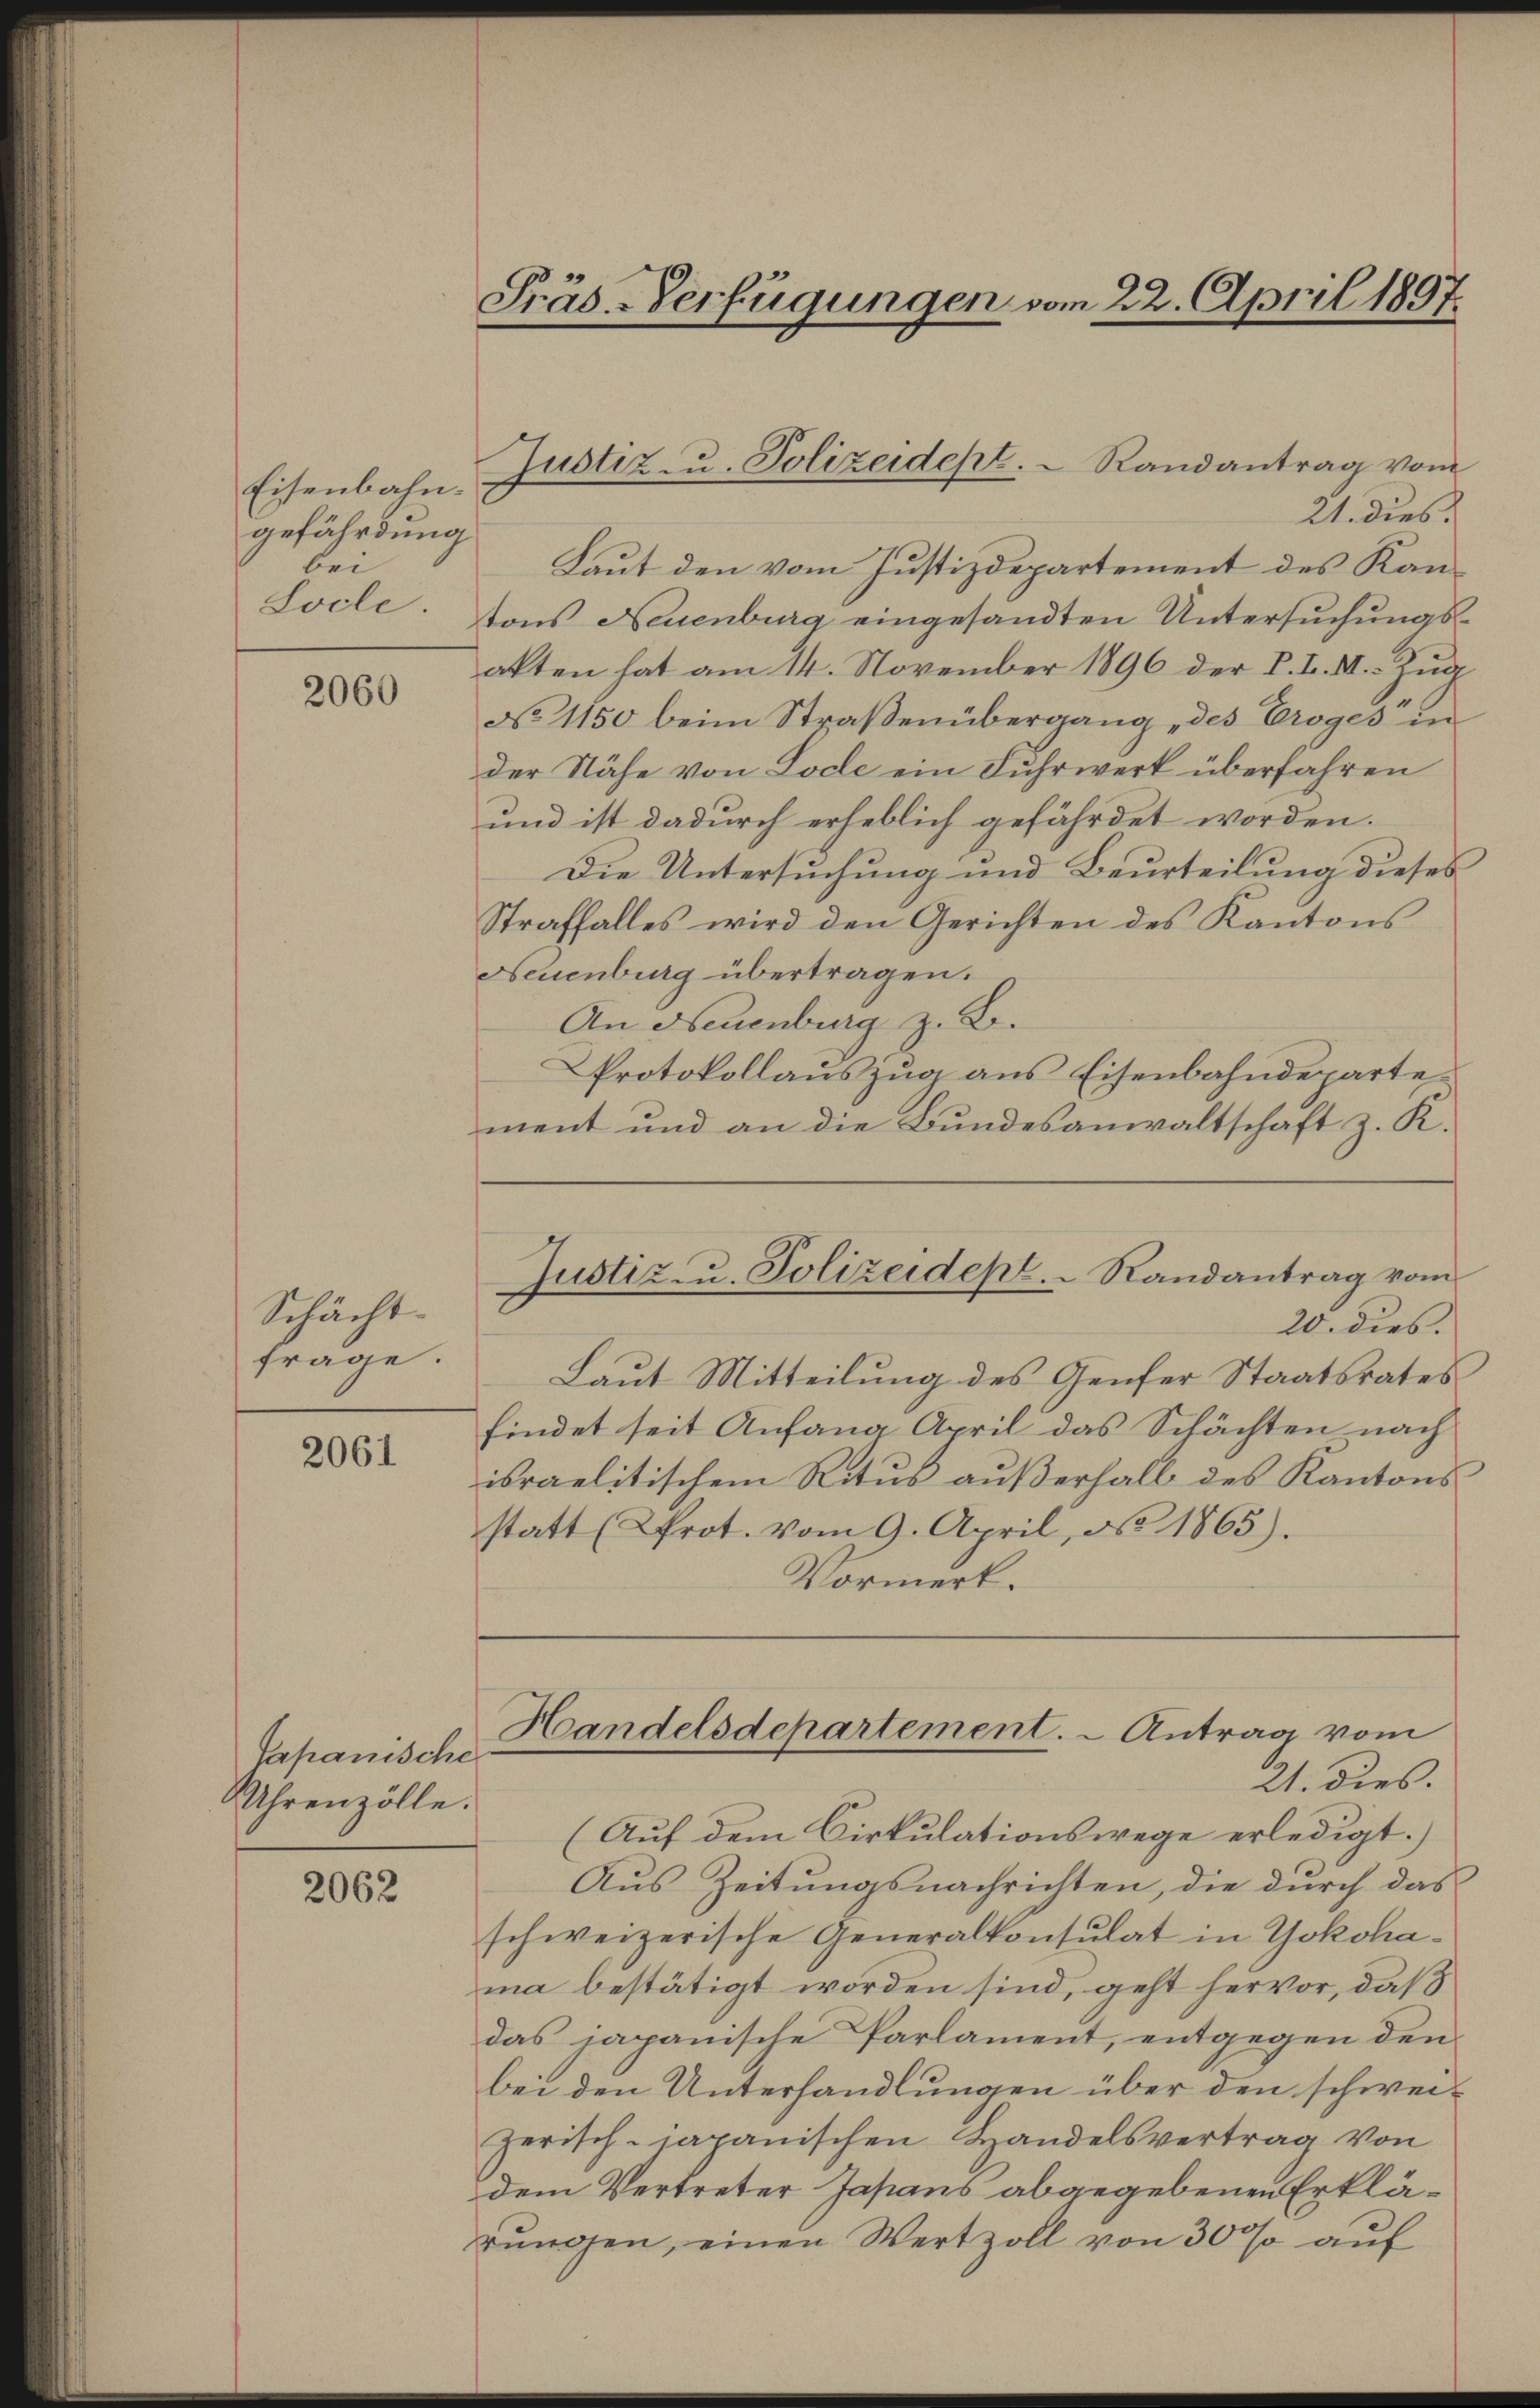
Eisenbahn.
gefährdung
bei

2060

Schächtfrage.

2061

Capanische
Uhrenzolle.

2062

Präs-Verfügungen vom 22. April 1897.

21. dies
Laut den vom Justizdepartement des Kan¬
Socle: tons Neuenburg eingesandten Untersuchungsalten hat am 14. November 1896 der K. K. A. Zug
No 1150 beim Straßenübergang des Croges in
der Nähe von Lode ein Fuhrwerk überfahren
und ist dadurch erheblich gefährdet worden.
Die Untersuchung und Beurteilung dieses
Straffalles wird den Gerichten des Kantons
Neuenburg übertragen.
An Neuenburg z. B.
Protokollauszug aus Eisenbahndeparte
ment und an die Bundesanwaltschaft z. K.

Justiz- u. Polizeidept.  Randantrag vom

Justiz- u. Polizeidept. Randantrag vom

20. dies.
Laut Mitteilung des Genfer Staatsrates
findet seit Anfang April das Schächten nach
israelitischem Ritus außerhalb des Kantons
statt (Prot. vom 9. April, d. 1865).
Vormerk.

(Auf dem Cirkulationswege erledigt.)
Aus Zeitungsnachrichten, die durch das
schweizerische Generalkonsulat in Yokohama bestätigt worden sind, geht hervor, daß
das japanische Parlament, entgegen den
bei den Unterhandlungen über den schweizerisch-japanischen Handelsvertrag von
dem Vertreter Japans abgegebenen Erklärŭngen, einen Wertzoll von 300 aŭf

Handelsdepartement. - Antrag vom
21. dies.